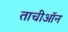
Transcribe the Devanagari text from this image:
ताचीऑन